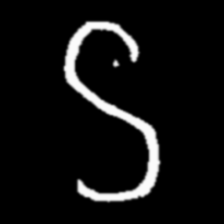
Pyu character \u2014 Myanmar letter: ဌ (romanized: ttha)